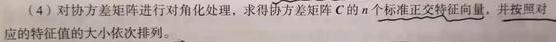
(4) 对协方差矩阵进行对角化处理，求得协方差矩阵$C$的$n$个标准正交特征向量，并按照对应的特征值的大小依次排列。